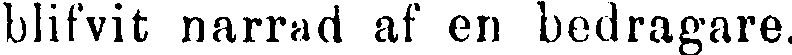
blifvit narrad af en bedragare.